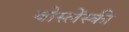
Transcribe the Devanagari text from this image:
वोस्लेंस्की